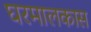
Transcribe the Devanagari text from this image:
घरमालकास